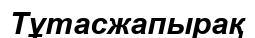
Тұтасжапырақ